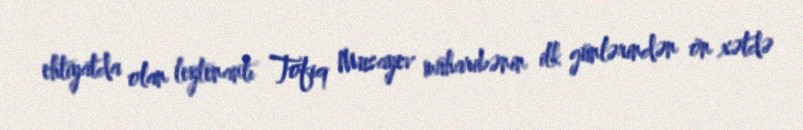
ehtiyatda olan leytenantı Tofiq Musayev müharibənin ilk günlərindən ön xətdə